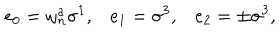
LaTeX: e _ { 0 } = \omega _ { n } ^ { a } \sigma ^ { 1 } , e _ { 1 } = \sigma ^ { 3 } , e _ { 2 } = \pm \sigma ^ { 3 } ,